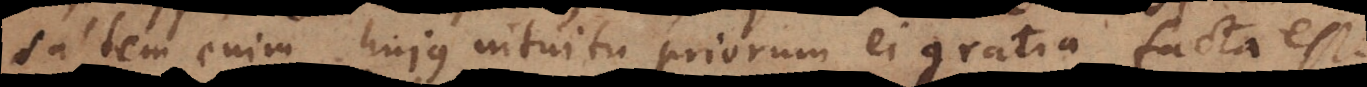
saltem enim hujus intuitu priorum ei gratia facta est,